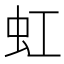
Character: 虹